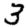
Digit: 3